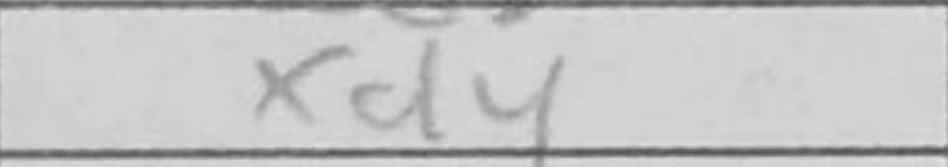
Transcription: xd4